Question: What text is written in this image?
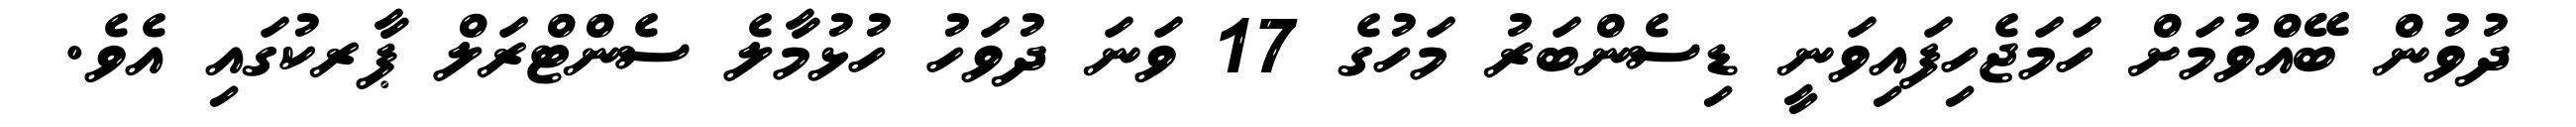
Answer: ދުވުން ބޭއްވުމަށް ހަމަޖެހިފައިވަނީ ޑިސެންބަރު މަހުގެ 17 ވަނަ ދުވަހު ހުޅުމާލެ ސެންޓްރަލް ޕާރކުގައި އެވެ.